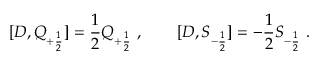
[ D , Q _ { + { \frac { 1 } { 2 } } } ] = { \frac { 1 } { 2 } } Q _ { + { \frac { 1 } { 2 } } } \ , \qquad [ D , S _ { - { \frac { 1 } { 2 } } } ] = - { \frac { 1 } { 2 } } S _ { - { \frac { 1 } { 2 } } } \ .